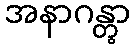
အနာဂန္တွာ